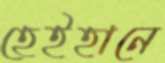
হেইহানে